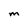
Character: M